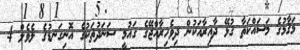
މަޤާމުގެ މަސައްކަތާ ގުޅޭ ދާއިރާއަކުން ދިވެހިރާއްޖޭގެ ގައުމީ ސަނަދުތަކުގެ އޮނިގަނޑުގެ ލެވެލް 4